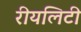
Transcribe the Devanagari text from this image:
रीयलिटी